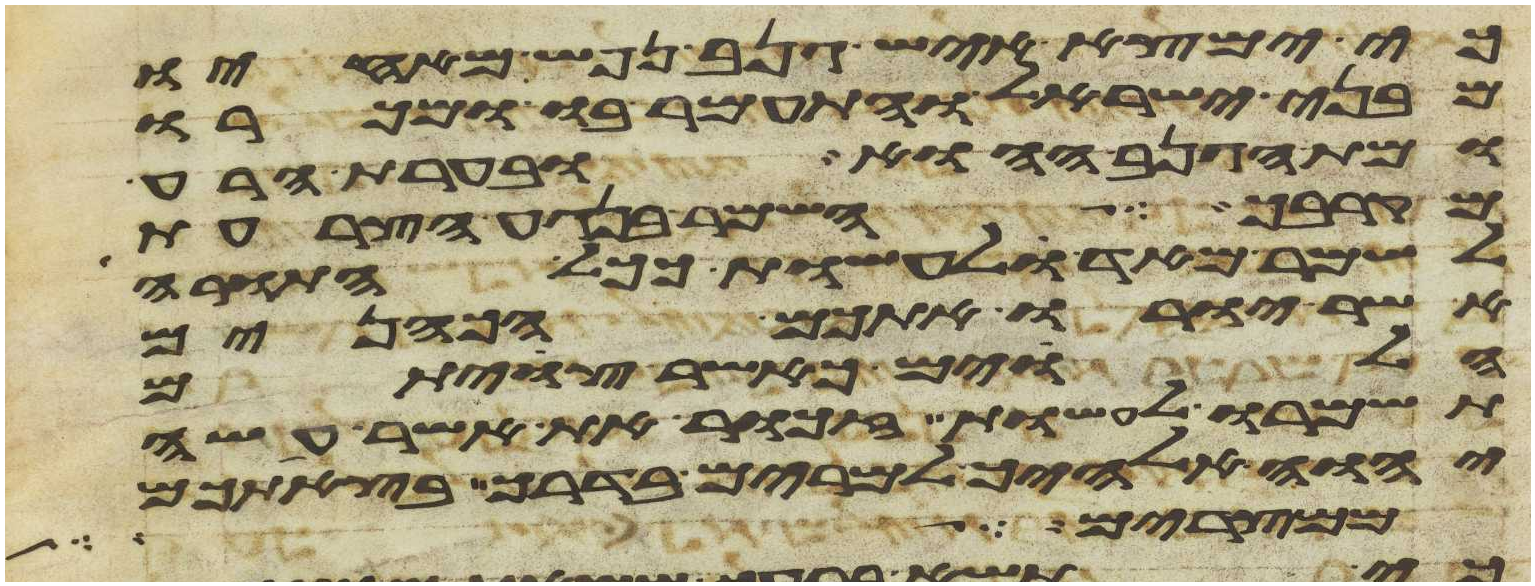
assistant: כי ימצא איש גנב נפש מאחיו
מבני ישראל והתעמר בו ומכרו
ומת הגנב ההוא ובערת הרע
מקרבך השמר בנגע הצרעת
לשמר מאד לעשות ככל התורה
אשר יורו אתכם הכהנים
הלוים כאשר צויתם
תשמרו לעשות זכור את אשר עשה
יהוה אלהיך למרים בדרך בצאתכם
מפרי עץ הגן